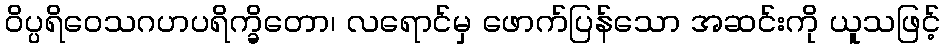
ဝိပ္ပရိဝေသဂဟပရိက္ခိတော၊ လရောင်မှ ဖောက်ပြန်သော အဆင်းကို ယူသဖြင့်